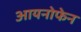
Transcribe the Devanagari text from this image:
आयनोफेन